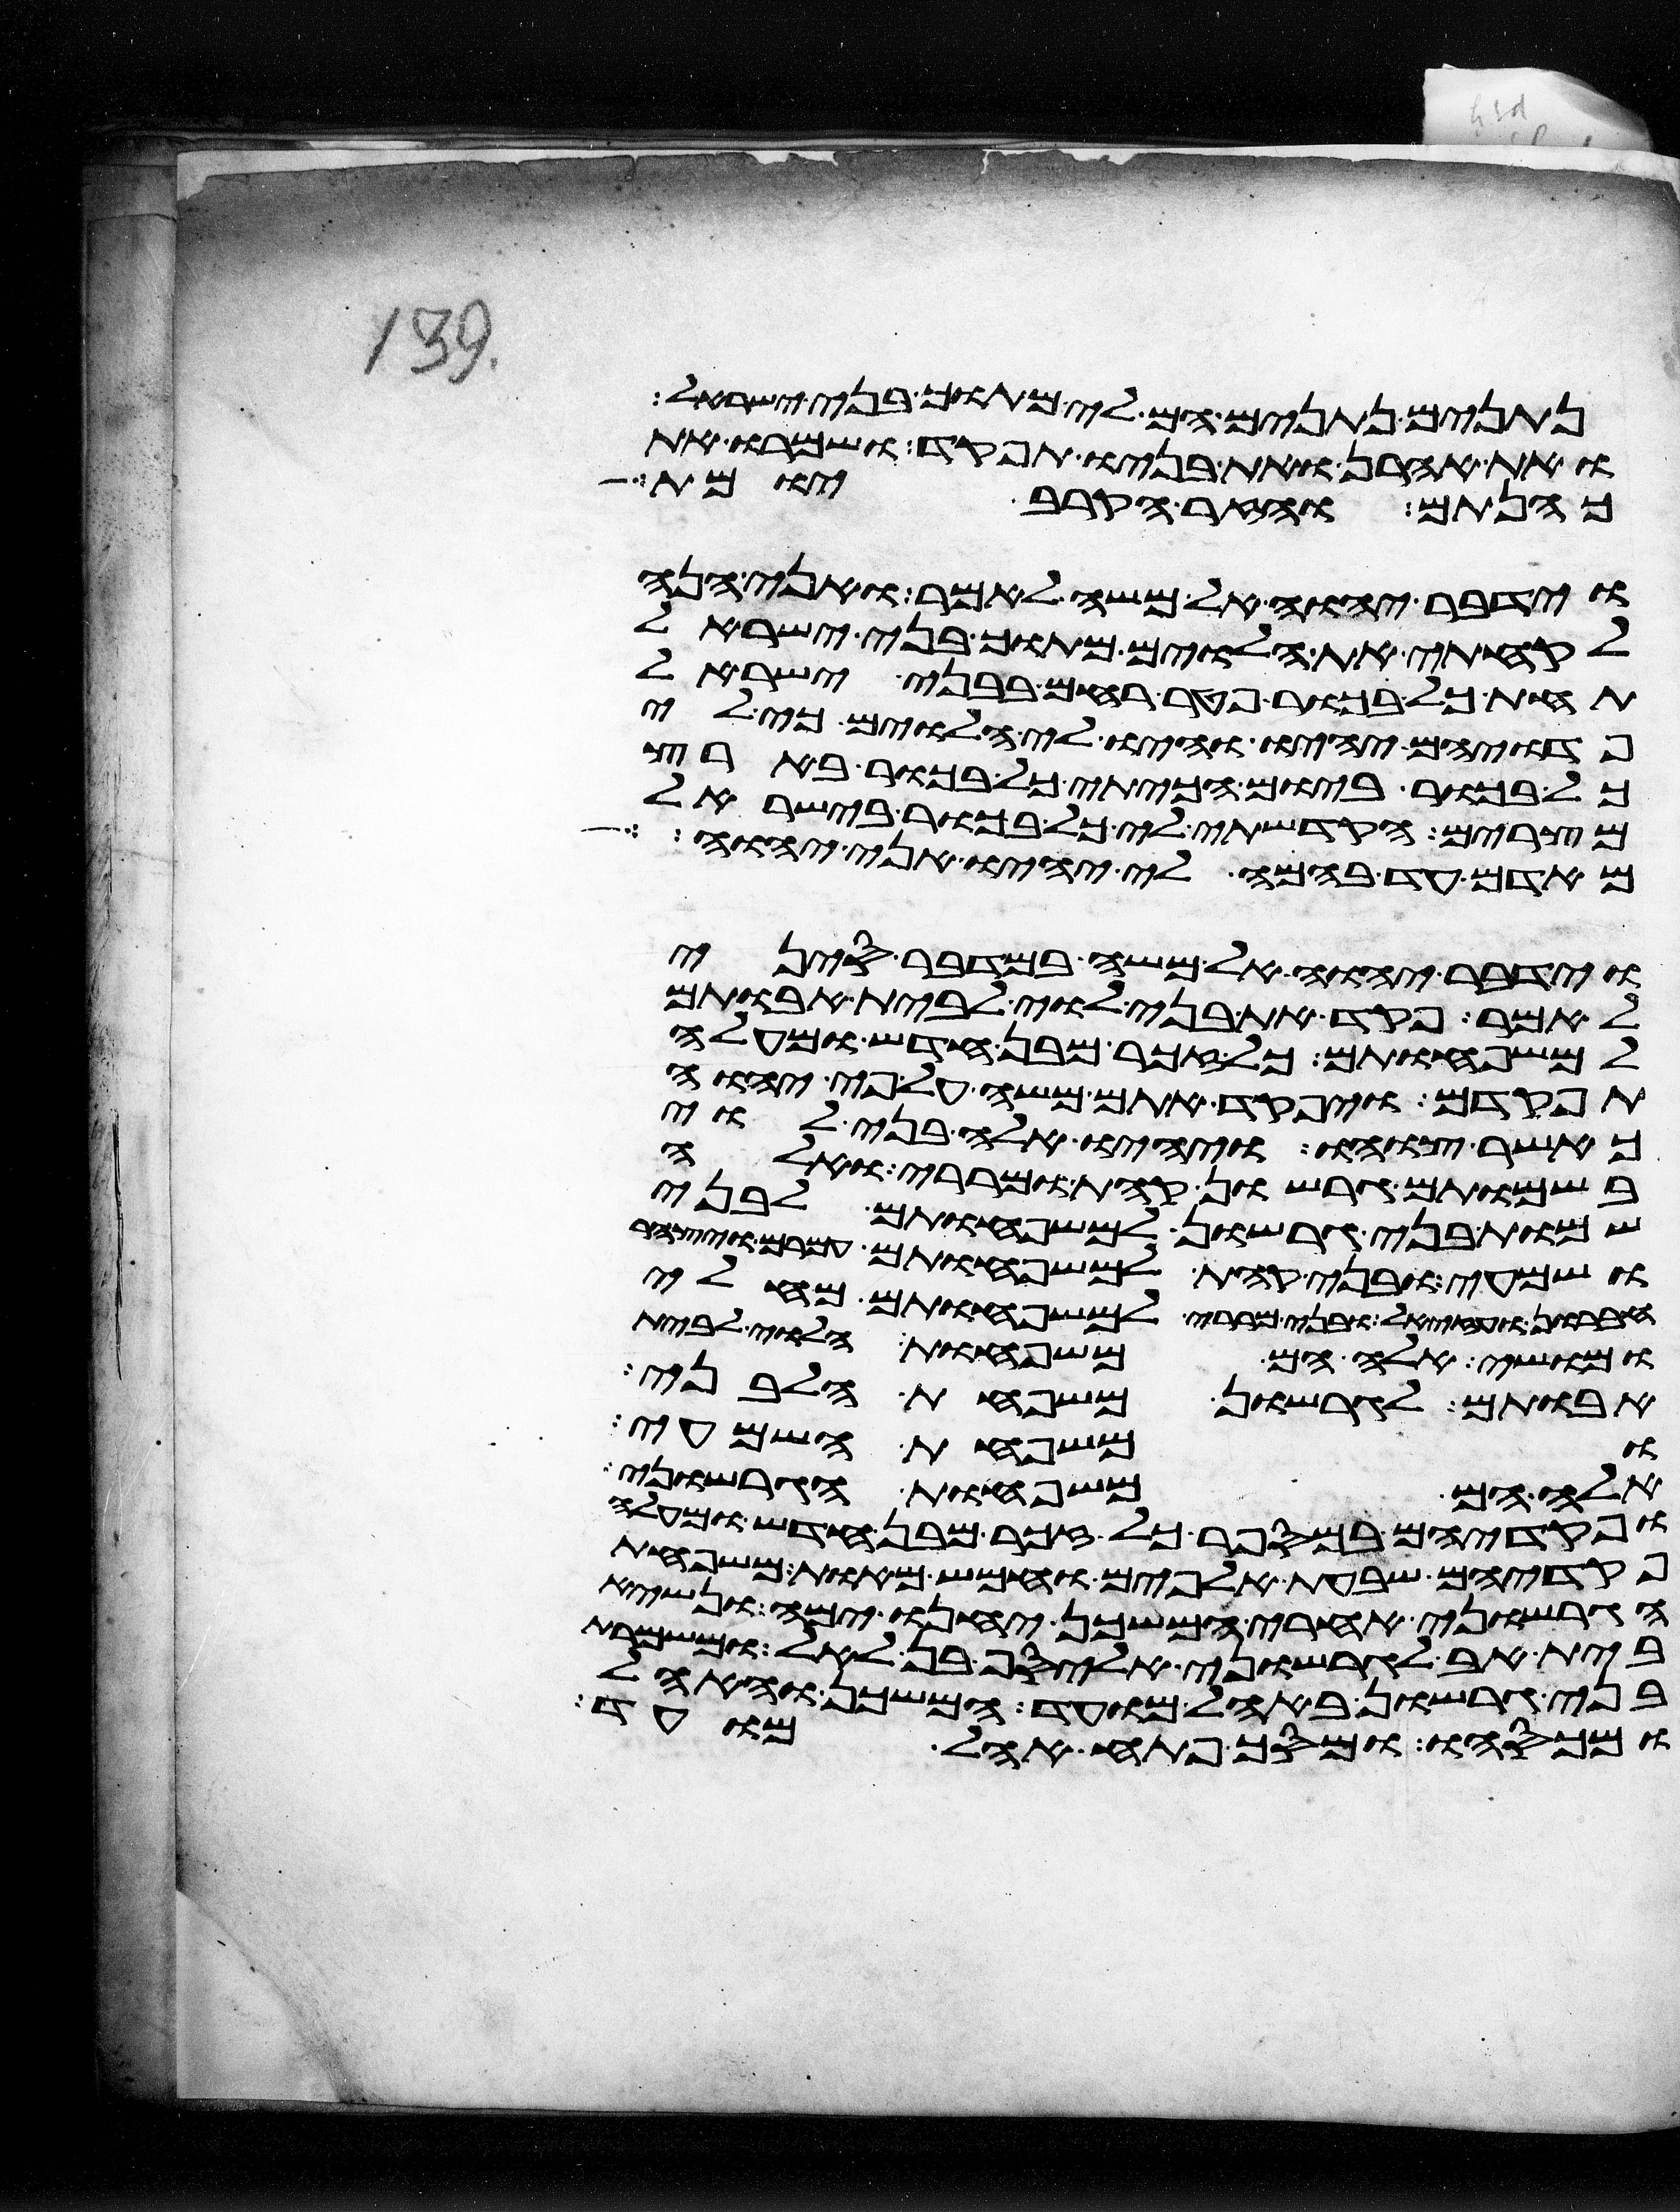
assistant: נתנים נתנים הם לי מתוך בני ישראל
ואת אהרן ואת בניו תפקד ושמרו את
כהנתם והזר הקרב יומת
וידבר יהוה אל משה לאמר ואני הנה
לקחתי את הלוים מתוך בני ישראל
תחת כל בכור פטר רחם בבני ישראל
פדויהם יהיו והיו לי הלוים כי לי
כל בכור ביום הכיתי כל בכור בארץ
מצרים הקדשתי לי כל בכור בישראל
מאדם עד בהמה לי יהיו אני יהוה
וידבר יהוה אל משה במדבר סיני
לאמר פקד את בני לוי לבית אבותם
למשפחותם כל זכר מבן חדש ומעלה
תפקדם ויפקד אתם משה על פי יהוה
כאשר צוהו ויהיו אלה בני לוי
בשמותם גרשון קהת ומררי ואלה
שמות בני גרשון למשפחותם לבני
ושמעי ובני קהת למשפחותם עמרם ויצהר
חברון ועזיאל ובני מררי למשפחותם מחלי
ומושי אלה הם משפחות הלוי לבית
אבותם לגרשון משפחת הלבני
ומשפחת השמעי
אלה הם משפחות הגרשוני
ופקדיהם במספר כל זכר מבן חדש ומעלה
פקדיהם שבעת אלפים וחמש מאות משפחת
הגרשוני אחרי המשכן יחנו ימה ונשיא
בית אב לגרשוני אליסף בן לאל ומשמרת
בני גרשון באהל מועד המשכן והאהל
ומכסהו ומסך פתח אהל מועד